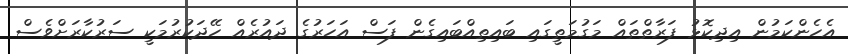
އެހެންކަމުން އިދިކޮޅު ފަރާތްތައް މަގުމަތީގައި ބައިތިއްބައިގެން ފަސް އަހަރުގެ ދައުރެއް ހޭދަކުރުމަކީ ސަރުކާރަށްވެސް